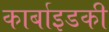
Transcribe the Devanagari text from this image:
कार्बाइडकी